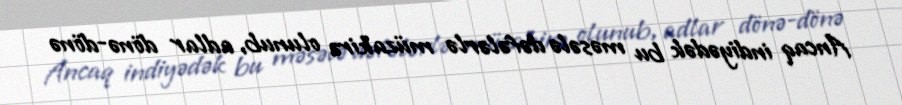
Ancaq indiyədək bu məsələ dəfələrlə müzakirə olunub, adlar dönə-dönə